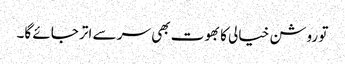
تو روشن خیالی کا بھوت بھی سر سے اتر جائے گا۔